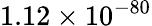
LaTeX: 1.12\times 10^{-80}